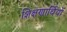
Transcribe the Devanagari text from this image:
शिक्षणार्थियों